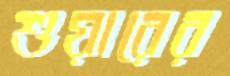
শুয়ারের